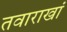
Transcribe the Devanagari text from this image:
तवाराखां